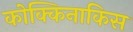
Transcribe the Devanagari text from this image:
कोक्किनाकिस